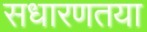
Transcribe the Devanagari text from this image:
सधारणतया